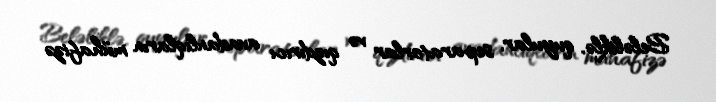
Beləliklə, quyular, separatorlar və qızdırıcı avadanlıqların mühafizə